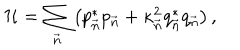
{ \cal H } = \sum _ { \vec { n } } \left( p _ { \vec { n } } ^ { * } p _ { \vec { n } } + \kappa _ { \vec { n } } ^ { 2 } q _ { \vec { n } } ^ { * } q _ { \vec { n } } \right) ,